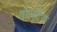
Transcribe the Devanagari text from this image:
वोल्टिक